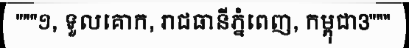
"""១, ទួលគោក, រាជធានីភ្នំពេញ, កម្ពុជា3"""